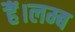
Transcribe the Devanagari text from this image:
हैं।लम्ब